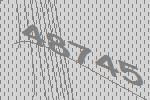
48745